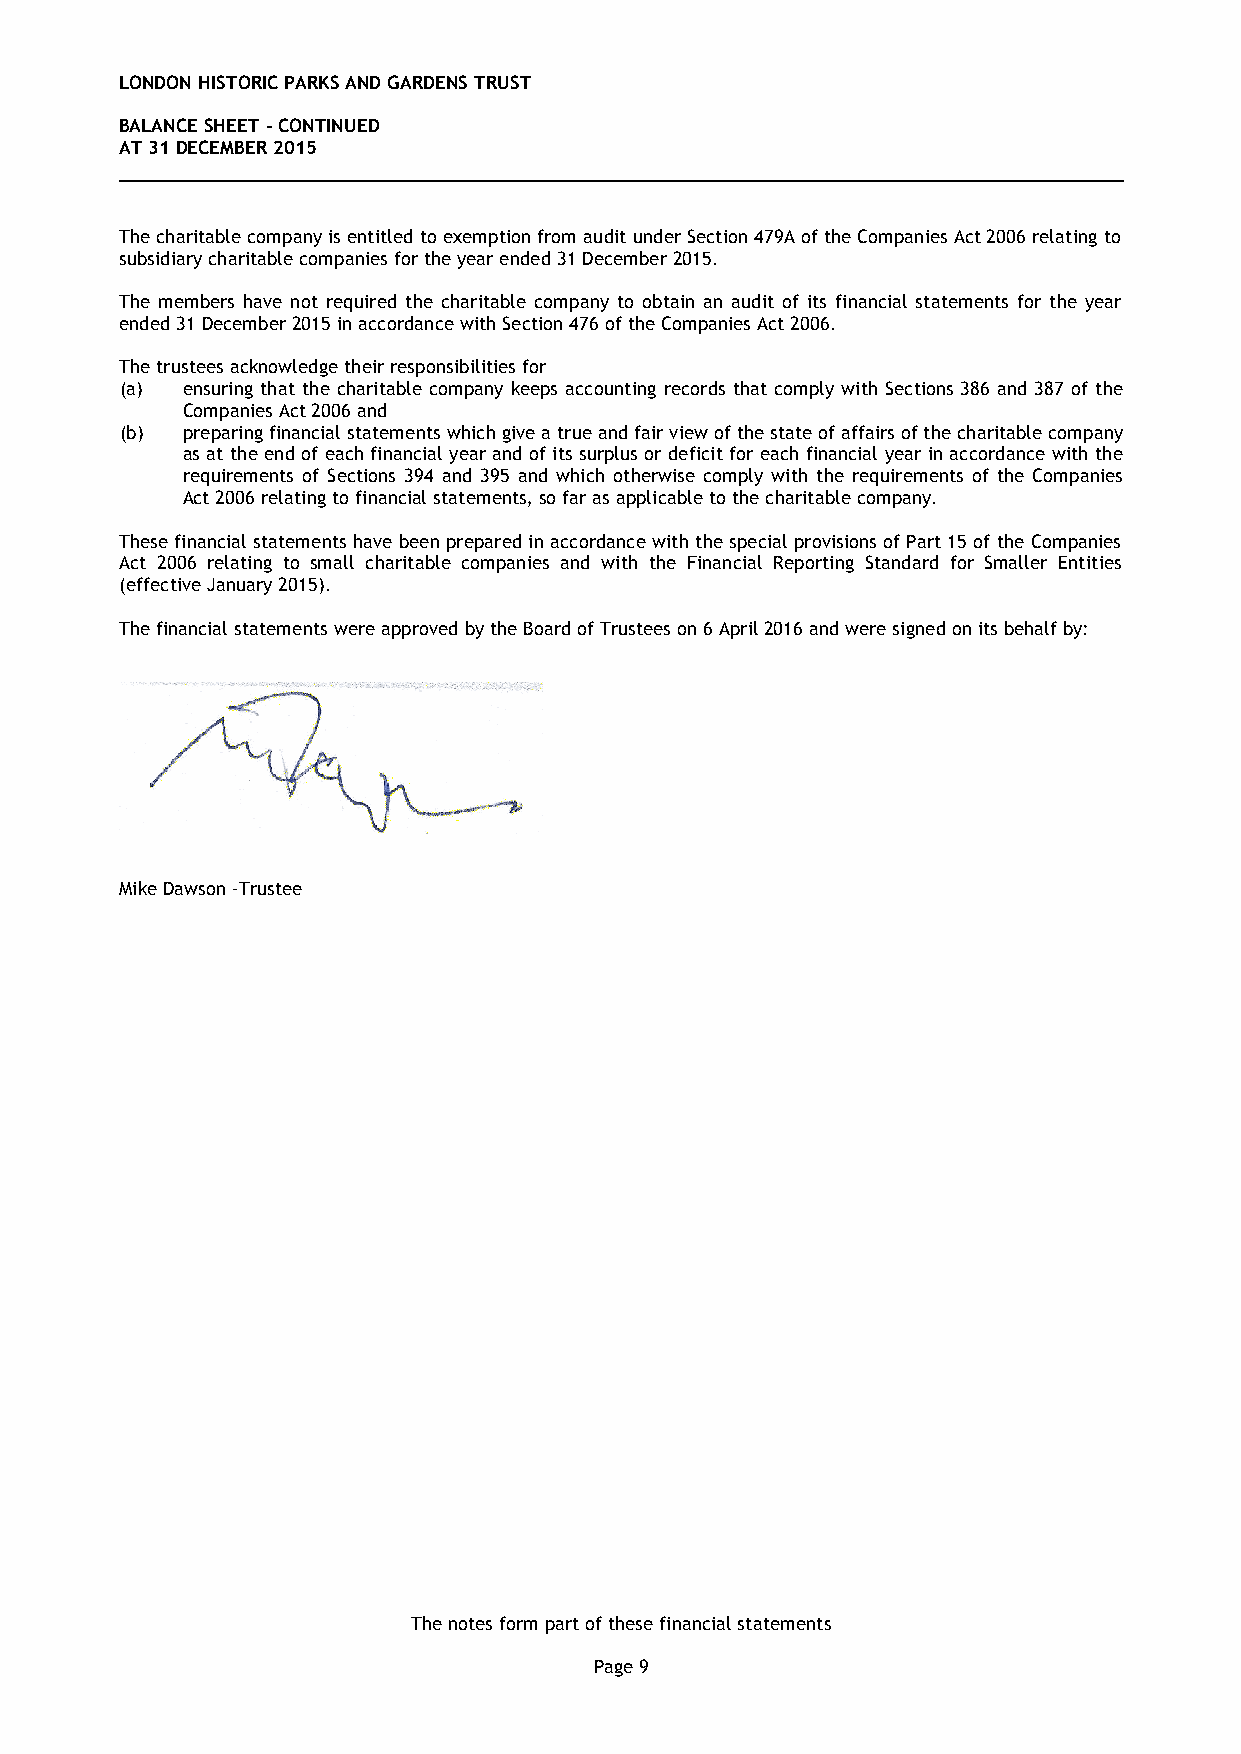
LONDON HISTORIC PARKS AND GARDENS TRUST
 BALANCE SHEET - CONTINUED
 AT 31 DECEMBER 2015
 The charitable company is entitled to exemption from audit under Section 479A of the Companies Act 2006 relating to
 subsidiary charitable companies for the year ended 31 December 2015.
 The members have not required the charitable company to obtain an audit of its financial statements for the year
 ended 31 December 2015 in accordance with Section 476 of the Companies Act 2006.
 The trustees acknowledge their responsibilities for
 (a) ensuring that the charitable company keeps accounting records that comply with Sections 386 and 387 of the
 Companies Act 2006 and
 (b) preparing financial statements which give a true and fair view of the state of affairs of the charitable company
 as at the end of each financial year and of its surplus or deficit for each financial year in accordance with the
 requirements of Sections 394 and 395 and which otherwise comply with the requirements of the Companies
 Act 2006 relating to financial statements, so far as applicable to the charitable company.
 These financial statements have been prepared in accordance with the special provisions of Part 15 of the Companies
 Act 2006 relating to small charitable companies and with the Financial Reporting Standard for Smaller Entities
 (effective January 2015).
 The financial statements were approved by the Board of Trustees on 6 April 2016 and were signed on its behalf by:
 Mike Dawson -Trustee
 The notes form part of these financial statements
 Page 9